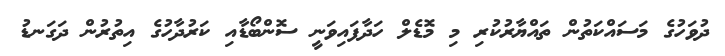
ދުވަހުގެ މަސައްކަތުން ތައްޔާރުކުރި މި މޮޑެލް ހަދާފައިވަނީ ސޮންބޯޑާއި ކަރުދާހުގެ އިތުރުން ދަގަނޑު